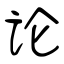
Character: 论